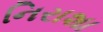
નિરાશા